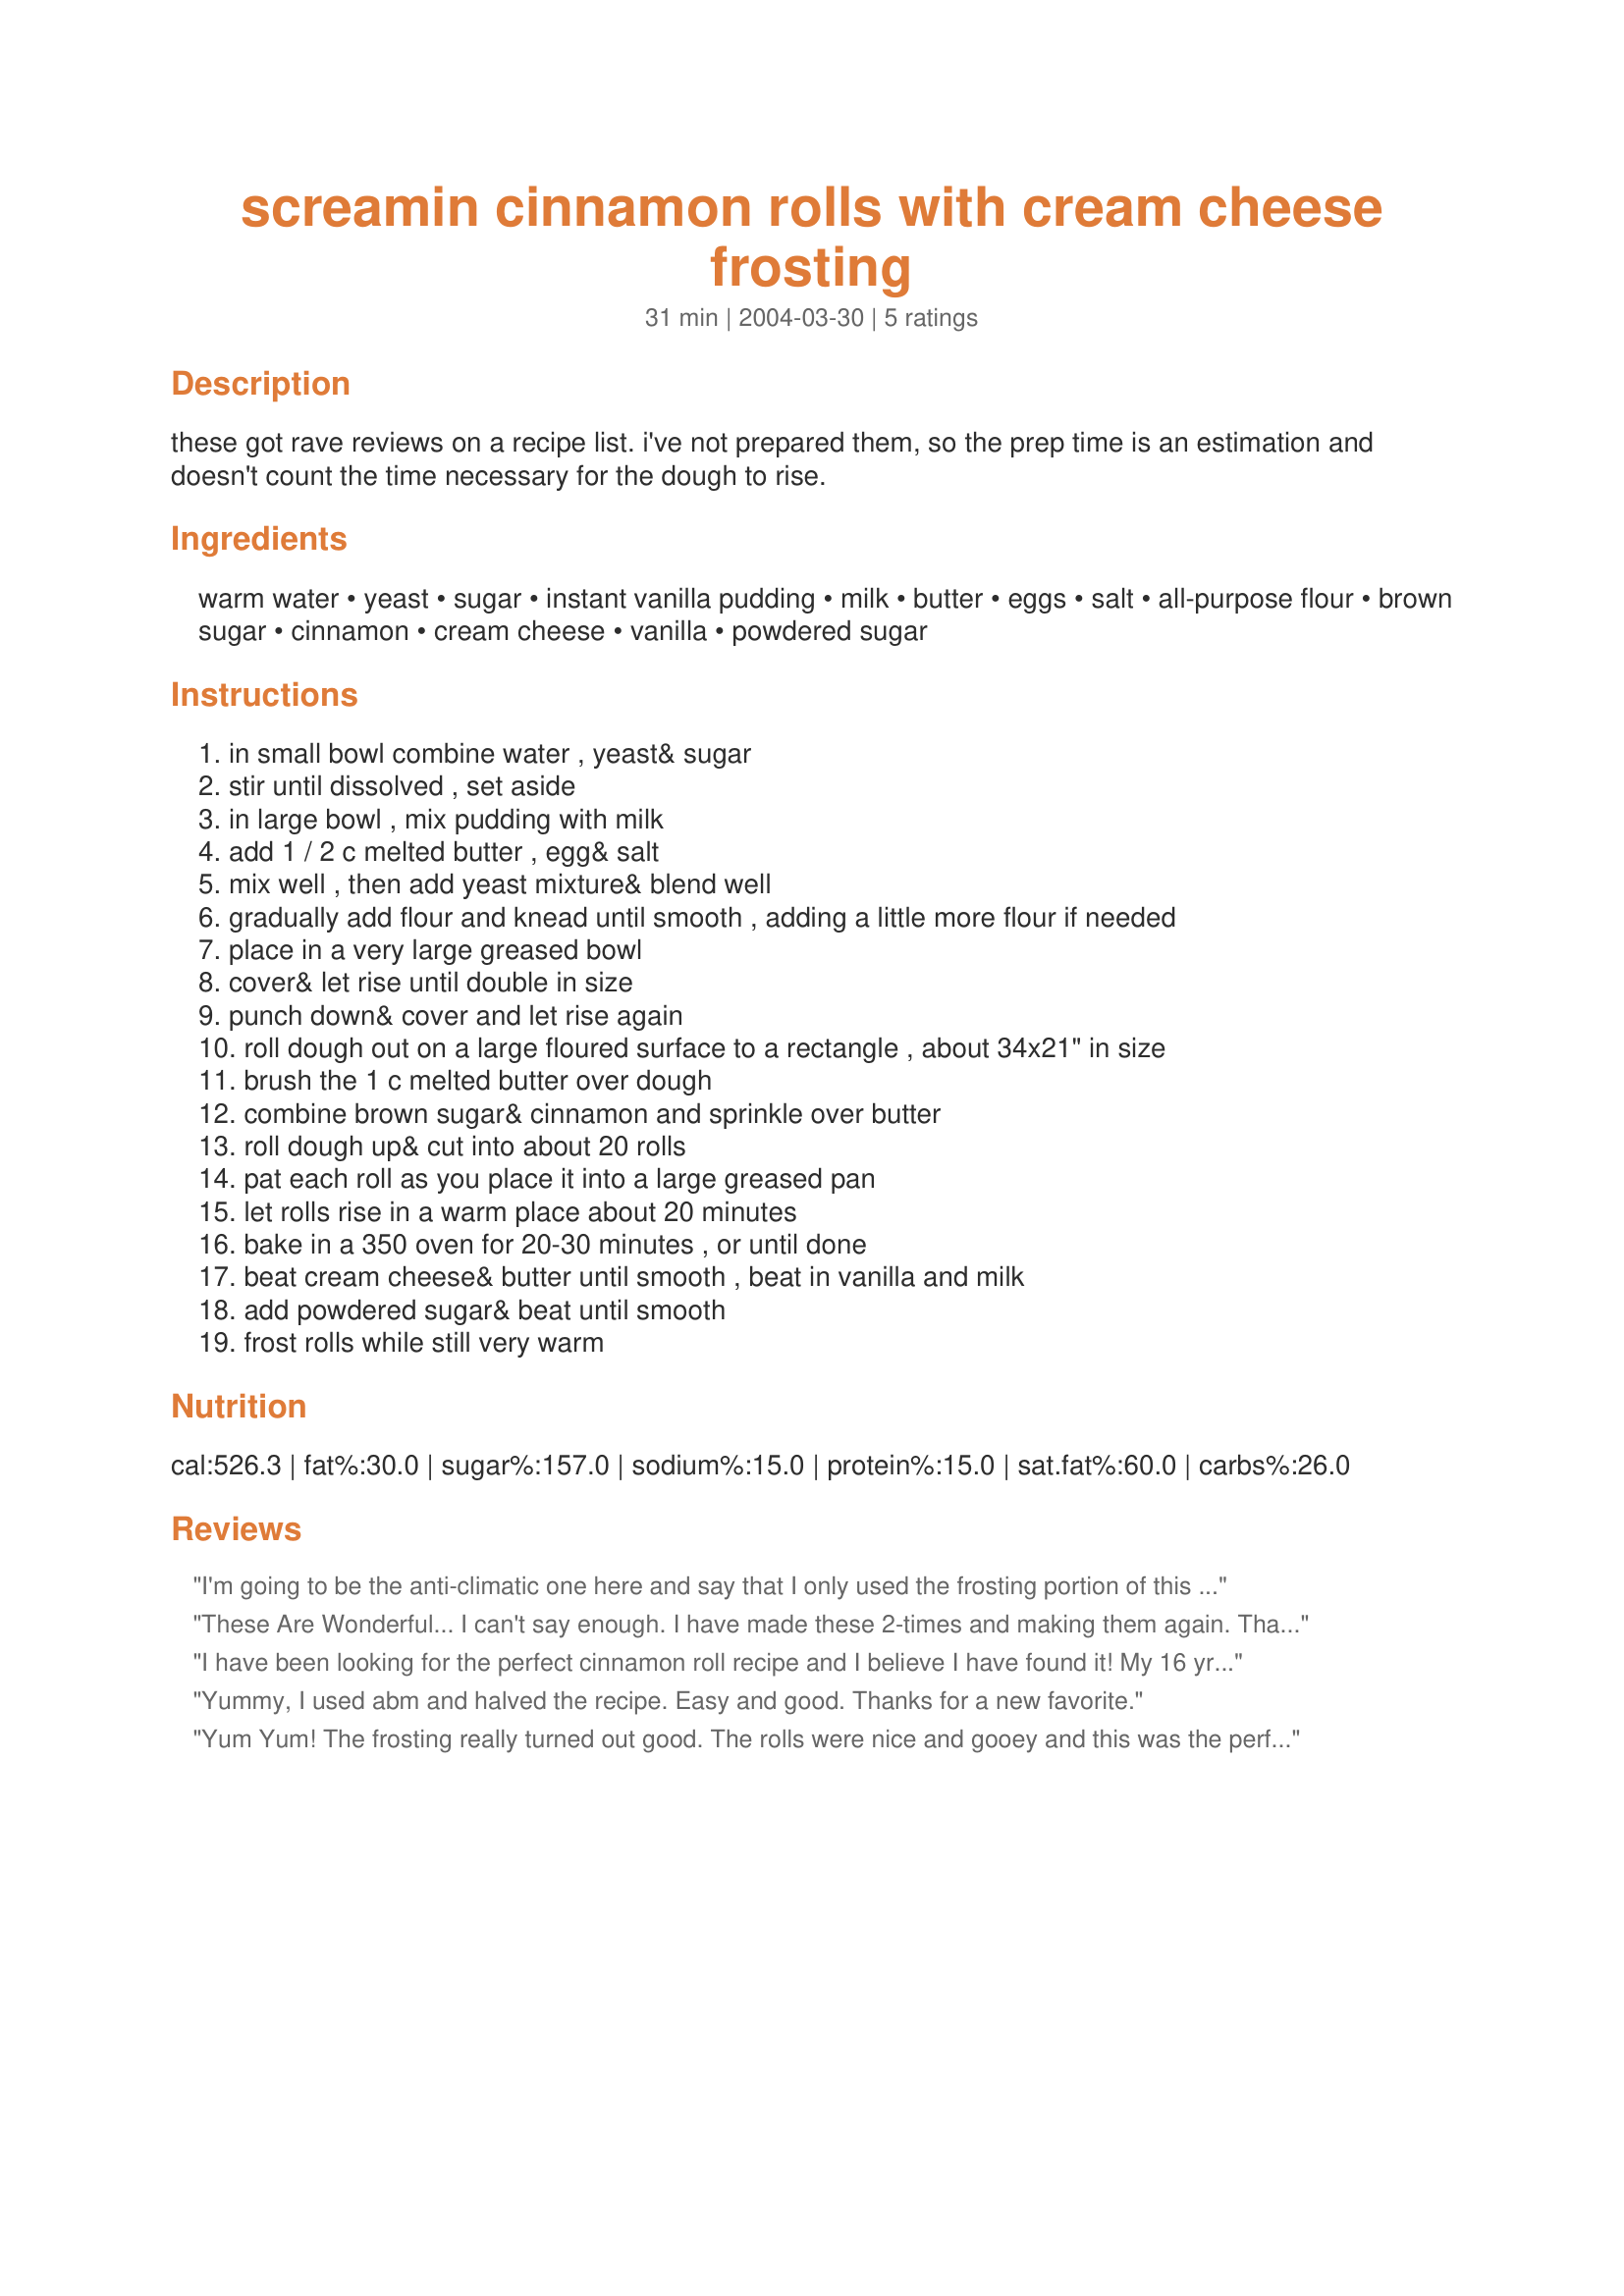
screamin cinnamon rolls with cream cheese frosting
Preparation time: 31 minutes

these got rave reviews on a recipe list. i've not prepared them, so the prep time is an estimation and doesn't count the time necessary for the dough to rise.

Ingredients:
warm water, yeast, sugar, instant vanilla pudding, milk, butter, eggs, salt, all-purpose flour, brown sugar, cinnamon, cream cheese, vanilla, powdered sugar

Steps:
in small bowl combine water , yeast& sugar
stir until dissolved , set aside
in large bowl , mix pudding with milk
add 1 / 2 c melted butter , egg& salt
mix well , then add yeast mixture& blend well
gradually add flour and knead until smooth , adding a little more flour if needed
place in a very large greased bowl
cover& let rise until double in size
punch down& cover and let rise again
roll dough out on a large floured surface to a rectangle , about 34x21" in size
brush the 1 c melted butter over dough
combine brown sugar& cinnamon and sprinkle over butter
roll dough up& cut into about 20 rolls
pat each roll as you place it into a large greased pan
let rolls rise in a warm place about 20 minutes
bake in a 350 oven for 20-30 minutes , or until done
beat cream cheese& butter until smooth , beat in vanilla and milk
add powdered sugar& beat until smooth
frost rolls while still very warm

Reviews:
I'm going to be the anti-climatic one here and say that I only used the frosting portion of this recipe, but it's great! Smooth and light, not too sweet, just right for cinammon rolls. Perhaps next time I'll use this recipe too!
These Are Wonderful... I can't say enough. I have made these 2-times and making them again.


Thanks
Cheryl
I have been looking for the perfect cinnamon roll recipe and I believe I have found it! My 16 yr old son has eaten all of my previous attempts and he tells me this ones a keeper and I have to agree. The dough makes a delicious roll and this recipe tastes like I am eating the original Cinnabon. I did however use dark brown sugar instead of regular brown sugar and 2 and a half TB of the cinnamon. Otherwise I followed the recipe perfectly. It is time consuming due to the dough rising 3 different times, so plan accordingly. I think they could be made the day before and covered with foil to reheat in the oven before adding the cream cheese frosting. It does make a large amount and I think 1 cup of butter brushed on the dough before sprinkling the brown sugar mixture on it is way too much. 1/2 c melted butter should be plenty. I used some of it to brush on bottom and sides of pan before placing the rolls in it to bake. I used an 11 x 17 pan, but it could have been bigger. I suppose you could do this in 2-9x13 pans easily with 12 in each pan. I cut my rolls too thin and had 26 rolls I squeezed into the pan and it was too crowded.&lt;br/&gt;Next time I will try making 1/2 the recipe in one 9x13 pan with 12 rolls in it.Thank you Bliss for sharing a wonderful recipe. I no longer need to search for the perfect cinnamon roll recipe. Because of you I have finally found it! Yay!
Yummy, I used abm and halved the recipe. Easy and good. 
Thanks for a new favorite.
Yum Yum! The frosting really turned out good. The rolls were nice and gooey and this was the perfect recip<br/><br/><br/>This was my first time making cinnamon rolls. Although I really enjoyed the recipe and they turned out good, I thought the directions were quite vague. I didn't know how you could warm the dough in a microwave with water steam, or that the dough could be rolled different ways. I also had no idea how much dough this made. A person could easily use half the dough and freeze the other half. I also thought 8C. of flour was too much. I added it, but realized I didn't need it all. Also, 1C of butter to spread on top of the dough was too much as well. 1/2C. is plenty! The brown sugar/cinnamon mixture was more than enough as well. I used 1/2 to 3/4 of it.
